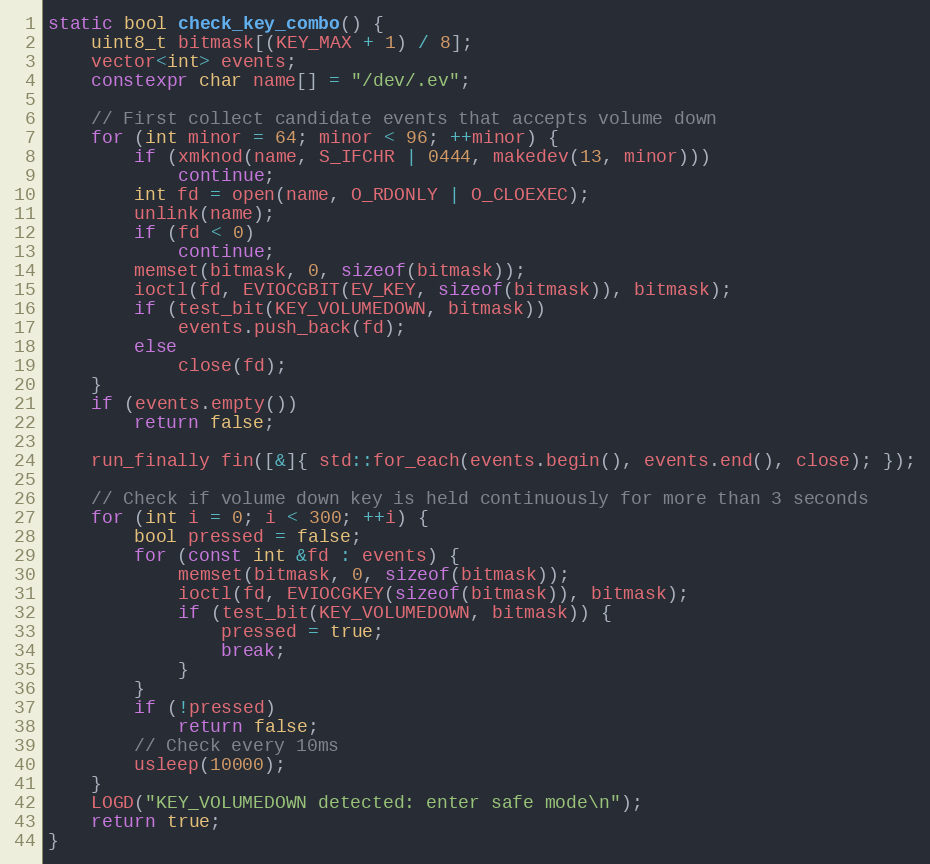
Language: C++
static bool check_key_combo() {
    uint8_t bitmask[(KEY_MAX + 1) / 8];
    vector<int> events;
    constexpr char name[] = "/dev/.ev";

    // First collect candidate events that accepts volume down
    for (int minor = 64; minor < 96; ++minor) {
        if (xmknod(name, S_IFCHR | 0444, makedev(13, minor)))
            continue;
        int fd = open(name, O_RDONLY | O_CLOEXEC);
        unlink(name);
        if (fd < 0)
            continue;
        memset(bitmask, 0, sizeof(bitmask));
        ioctl(fd, EVIOCGBIT(EV_KEY, sizeof(bitmask)), bitmask);
        if (test_bit(KEY_VOLUMEDOWN, bitmask))
            events.push_back(fd);
        else
            close(fd);
    }
    if (events.empty())
        return false;

    run_finally fin([&]{ std::for_each(events.begin(), events.end(), close); });

    // Check if volume down key is held continuously for more than 3 seconds
    for (int i = 0; i < 300; ++i) {
        bool pressed = false;
        for (const int &fd : events) {
            memset(bitmask, 0, sizeof(bitmask));
            ioctl(fd, EVIOCGKEY(sizeof(bitmask)), bitmask);
            if (test_bit(KEY_VOLUMEDOWN, bitmask)) {
                pressed = true;
                break;
            }
        }
        if (!pressed)
            return false;
        // Check every 10ms
        usleep(10000);
    }
    LOGD("KEY_VOLUMEDOWN detected: enter safe mode\n");
    return true;
}